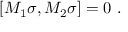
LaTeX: \lbrack M _ { 1 } \sigma , M _ { 2 } \sigma ] = 0 \, \, .